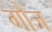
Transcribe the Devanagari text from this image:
गौज